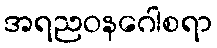
အရညဝနဂေါစရာ